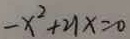
- x ^ { 2 } + 2 1 x = 0